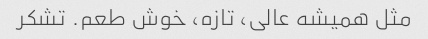
مثل همیشه عالی، تازه، خوش طعم. تشکر